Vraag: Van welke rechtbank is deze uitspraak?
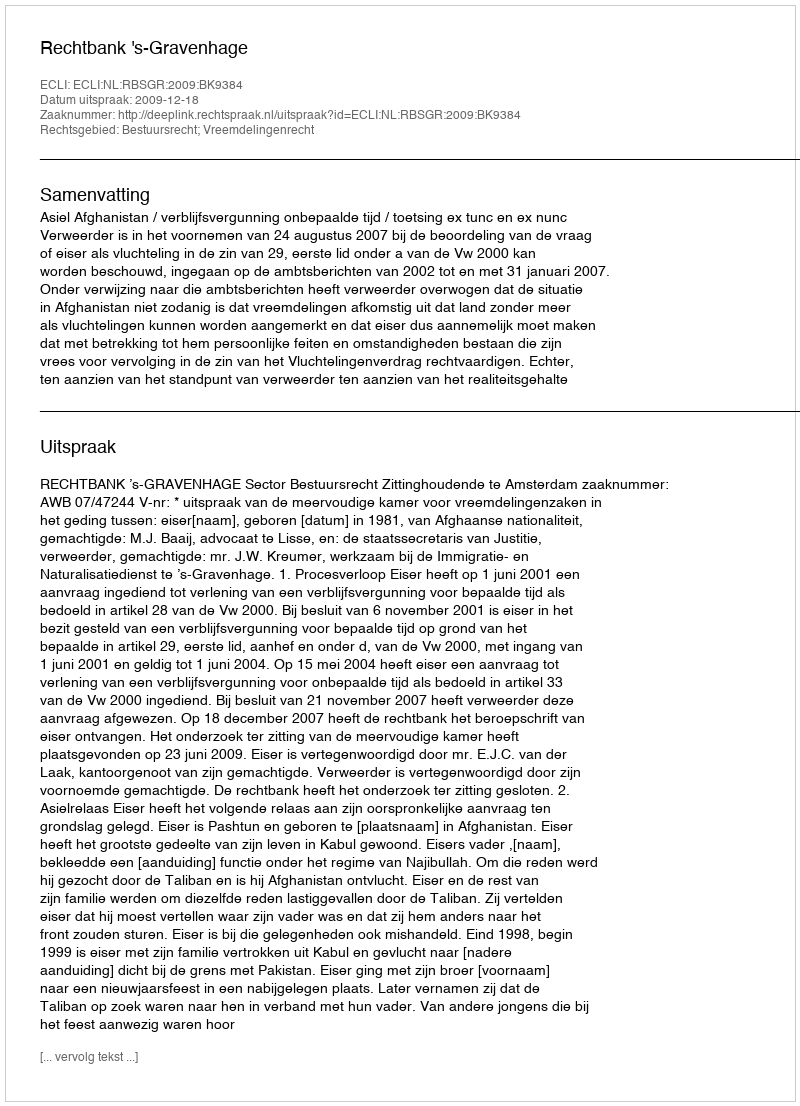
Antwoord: Rechtbank 's-Gravenhage